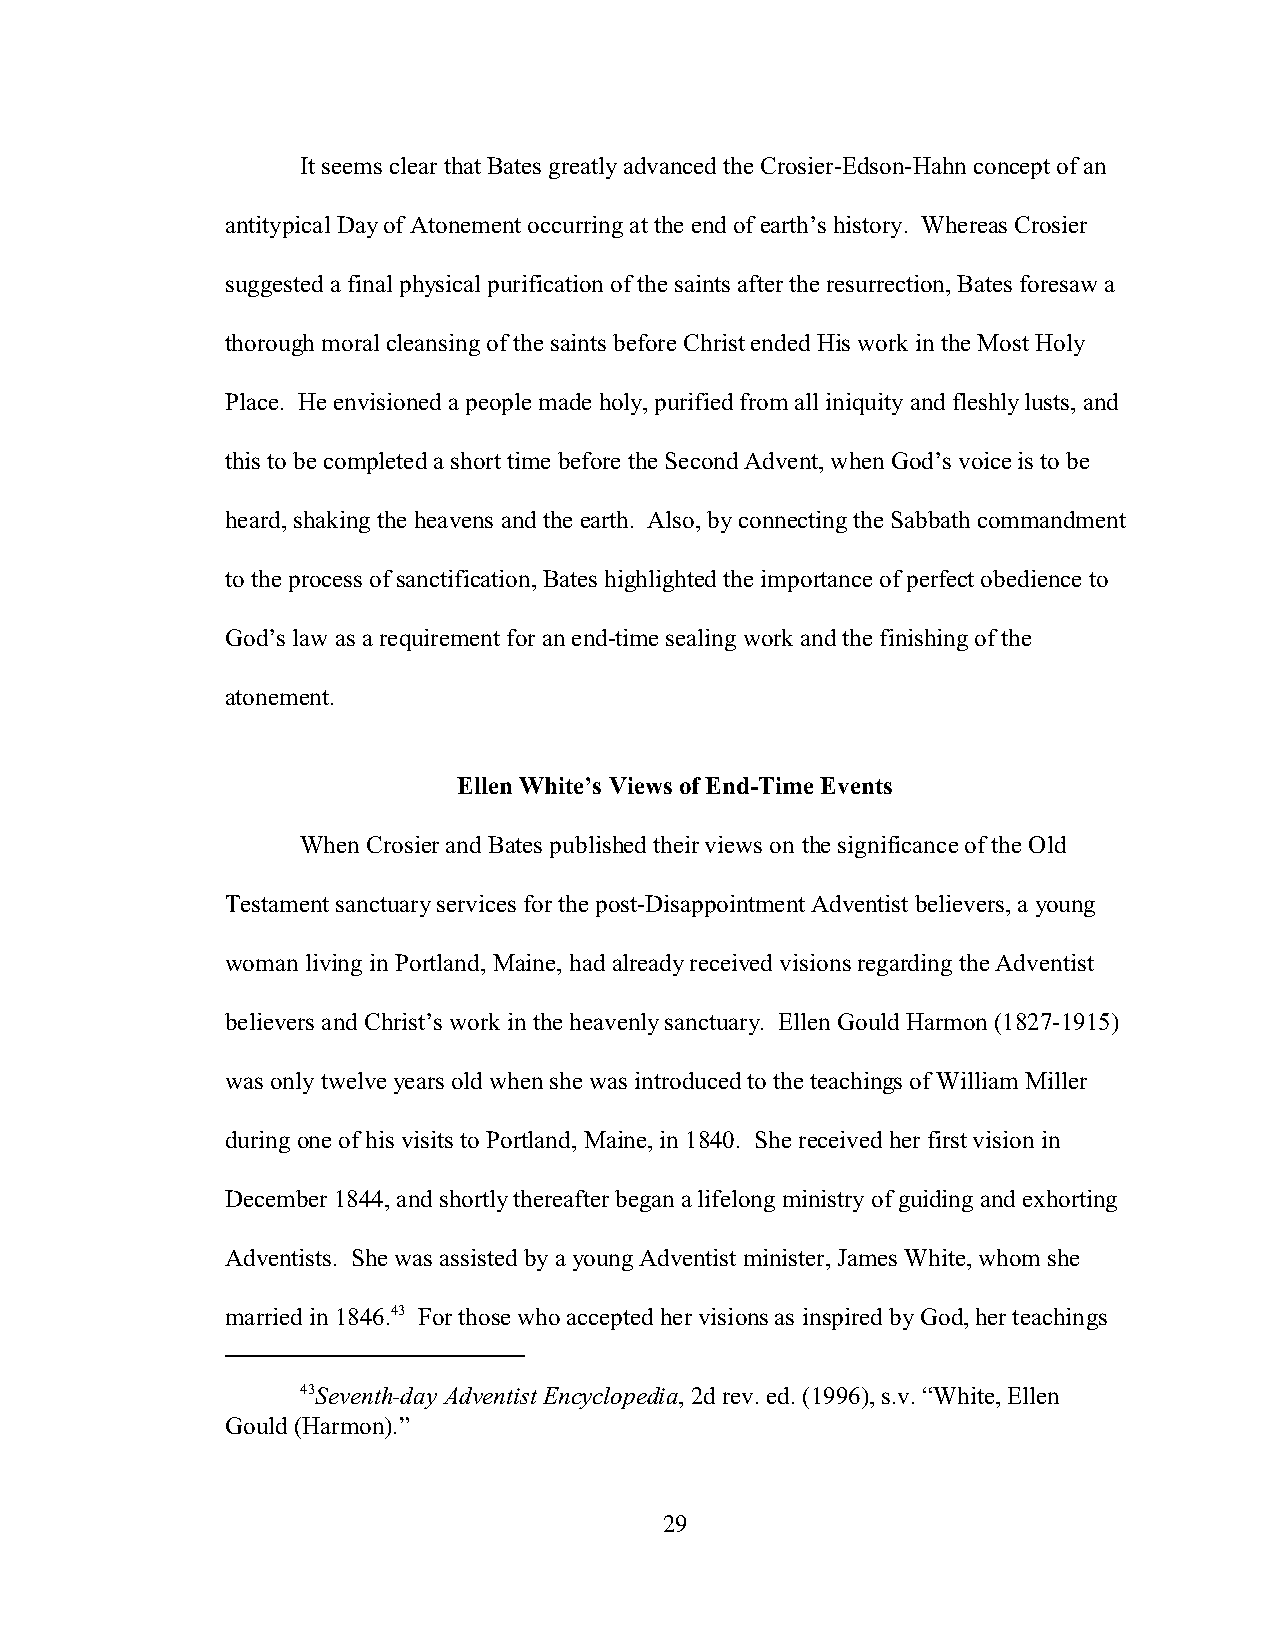
It seems clear that Bates greatly advanced the Crosier-Edson-Hahn concept of an
 antitypical Day of Atonement occurring at the end of earth’s history. Whereas Crosier
 suggested a final physical purification of the saints after the resurrection, Bates foresaw a
 thorough moral cleansing of the saints before Christ ended His work in the Most Holy
 Place. He envisioned a people made holy, purified from all iniquity and fleshly lusts, and
 this to be completed a short time before the Second Advent, when God’s voice is to be
 heard, shaking the heavens and the earth. Also, by connecting the Sabbath commandment
 to the process of sanctification, Bates highlighted the importance of perfect obedience to
 God’s law as a requirement for an end-time sealing work and the finishing of the
 atonement.
 Ellen White’s Views of End-Time Events
 When Crosier and Bates published their views on the significance of the Old
 Testament sanctuary services for the post-Disappointment Adventist believers, a young
 woman living in Portland, Maine, had already received visions regarding the Adventist
 believers and Christ’s work in the heavenly sanctuary. Ellen Gould Harmon (1827-1915)
 was only twelve years old when she was introduced to the teachings of William Miller
 during one of his visits to Portland, Maine, in 1840. She received her first vision in
 December 1844, and shortly thereafter began a lifelong ministry of guiding and exhorting
 Adventists. She was assisted by a young Adventist minister, James White, whom she
 married in 1846.43 For those who accepted her visions as inspired by God, her teachings
 43Seventh-day Adventist Encyclopedia, 2d rev. ed. (1996), s.v. “White, Ellen
 Gould (Harmon).”
 29